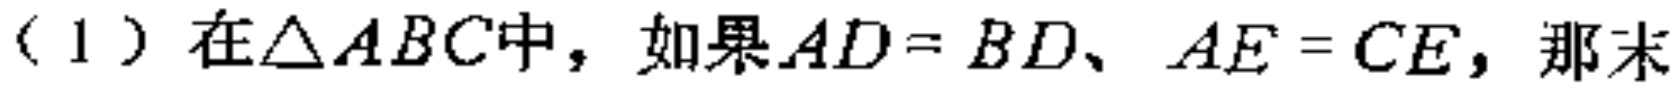
（1）在\(\triangle ABC\)中，如果\(AD = BD\)、\(AE = CE\)，那么